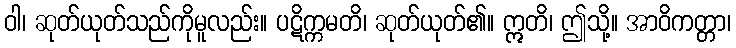
ဝါ၊ ဆုတ်ယုတ်သည်ကိုမူလည်း။ ပဋိက္ကမတိ၊ ဆုတ်ယုတ်၏။ ဣတိ၊ ဤသို့။ အာဝိကတ္တာ၊